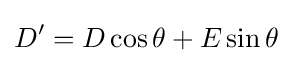
D'=D\cos \theta +E\sin \theta